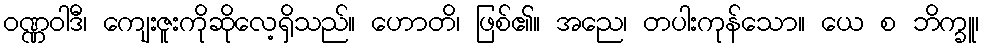
ဝဏ္ဏဝါဒီ၊ ကျေးဇူးကိုဆိုလေ့ရှိသည်။ ဟောတိ၊ ဖြစ်၏။ အညေ၊ တပါးကုန်သော။ ယေ စ ဘိက္ခူ၊